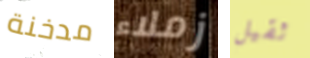
مدخنة زملاء ثقيل